Annual statistical returns and brief notes on vaccination in Bengal - 1909-1929
Year: 1909
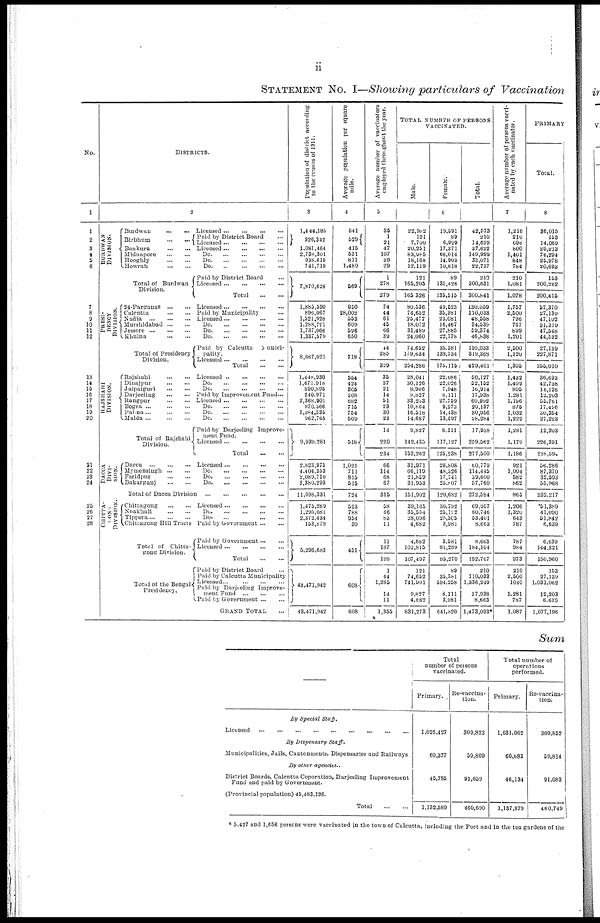
ii
STATEMENT No. I—Showing particulars of Vaccination
No.
1
1
2
3
4
5 6
7
8
9
10
11
12
13
14
15
16
17
18
19
20
21
22
23
24
25
26
27
28
DISTRICTS.
2
BURDWAN
DIVISION.
Burdwan
...
...
Licensed
...
...
...
...
Birbhum
...
...
Paid by District Board ...
Licensed
...
...
...
...
Bankura
...
...
Licensed
...
...
...
...
Midnapore
...
...
Do. ... ... ... ...
Hooghly
...
...
Do. ... ... ... ...
Howrah
...
...
Do. ... ... ... ...
Total of Burdwan
Division.
PRESI-
DENCY
DIVISION.
Paid by District Board ...
Licensed
...
...
...
...
Total
...
...
24-Parganas
...
...
Licensed
...
...
...
...
Calcutta
...
...
Paid by Municipality ...
Nadia
...
...
...
Licensed
...
...
...
...
Murshidabad
...
...
Do. ... ... ... ...
Jessore
...
...
...
Do. ... ... ... ...
Khulna
...
...
Do. ... ... ... ...
Total of Presidency
Division.
RAJSHAHI
DIVISION.
Paid by Calcutta Munici¬
pality. Licensed ... ... ... ...
Total
...
...
Rajshahi
...
...
Licensed
...
...
...
...
Dinajpur
...
...
Do. ... ... ... ...
Jalpaiguri
...
...
Do. ... ... ... ...
Darjeeling
...
...
Paid by Improvement Fund...
Rangpur
...
...
Licensed
...
...
...
...
Bogra
...
...
...
Do. ... ... ... ...
Pabna...
...
...
Do. ... ... ... ...
Malda
...
...
...
Do. ... ... ... ...
Total of Rajshahi
Division.
DACCA
DIVI¬
-----
Paid by Darjeeling Improve-
ment Fund.
Licensed
...
...
...
...
Total ... ...
Dacca
...
...
...
Licensed
...
...
...
...
Mymensingh
...
...
Do. ... ... ... ...
Faridpur
...
...
Do. ... ... ... ...
Bakarganj
...
...
Do. ... ... ... ...
Total of Dacca Division
...
...
...
...
...
CHITTA¬
GONG
DIVISION.
Chittagong
...
...
Licensed
...
...
...
...
Noakhali ... ... Do. ... ... ... ...
Tippera
...
...
...
Do.
...
...
...
...
Chittagong Hill Tracts Paid by Government
...
...
Total of Chitta¬
gong Division.
Total of the Bengal
Presidency,
Paid by Government ... ...
Licensed
...
...
...
...
Total
...
...
Paid by District Board ...
Paid by Calcutta Municipality
Licensed...
...
...
...
Paid by Darjeeling Improve¬
ment Fund
...
...
...
Paid by Government
...
...
GRAND TOTAL ...
Population of district according
to the census of 1911.
3
1,444,185
926,342
1,081,464
2,738,301
938,615
741,719
7,870,626
1,885,590
896,067
1,521,928
1,288,791
1,737,066
1,337,579
8,667,021
1,448,930
1,671,918
890,895
240,971
2,368,901
970,366
1,384,535
962,765
9,939,281
2,823,075
4,404,353
2,089,710
2,380,293
11,698,331
1,475,289
1,295,081
2,372,434
153,879
5,296,683
43,471,942
43,471,942
Average population per square
mile.
4
541
529
415
531
811
1,489
569
950
28,002
553
609
596
650
718
554
424
305
208
682
715
754
509
518
1,021
711
815
515
724
593
788
954
30
451
608
608
Average number of vaccinators
employed throughout the year.
5
35
1
21
47
107
39
29
1
278
279
74
44
61
45
66
39
44
285
329
35
37
21
14
51
23
30
23
14
220
234
66
114
68
67
315
58
46
83
11
11
187
198
1
44
1,285
14
11
1,355
TOTAL NUMBER OF PERSONS
VACCINATED.
Male.
Female.
Total.
6
22,982
121
7,700
20,251
83,985
18,168
12,119
121
165,205
165,326
80,536
74,652
25,477
18,072
31,489
24,060
74,652
179,634
254,286
28,041
30,126
8,066
9,827
33,253
10,864
16,518
14,687
9,827
142,435
152,262
31,071
66,119
21,859
31,953
151,902
39,165
35,554
28,096
4,682
4,682
102,815
107,497
121
74,652
741,991
9,827
4,582
831,273
19,591
89
6,929
17,371
66,014
14,903
10,618
89
135,426
135,515
49,523
35,381
23,081
16,467
27,885
22,778
35,381
139,734
175,115
22,086
22,026
7,048
8,111
27,759
9,273
14,438
13,597
8,111
117,127
125,238
28,808
48,326
17,741
25,807
120,682
30,792
25,122
25,305
3,081
3,981
81,289
85,270
89
35,381
594,258
8,111
3,981
641,320
42,673
210
14,629
37,622
140,999
33,071
22,737
210
300,631
300,841
130,059
110,033
48,558
34,539
59,374
46,838
110,033
319,368
429,401
50,127
52,152
16,914
17,938
60,992
20,137
30,956
28,284
17,938
269,562
277,500
60,779
114,445
39,600
57,760
272,584
69,957
60,746
53,401
8,663
8,663
184,104
192,767
210
110,033
1,336,249
17,938
8,663
1,473,093*
Average number of persons vacci¬
nated by each vaccinator.
7
1,216
210
696
800
1,401
848
784
210
1,081
1,078
1,757
2,500
796
767
899
1,201
2,500
1,120
1,305
1,432
1,409
805
1,281
1,196
875
1,032
1,229
1,281
1,179
1,186
921
1,004
582
862
865
1,206
1,320
643
787
787
984
973
210
2,500
1040
1,281
787
1,087
PRIMARY
Total.
8
36,015
153
14,069
29,213
74,294
25,978
20,693
153
200,262
200,415
57,370
27,139
47,102
31,319
47,548
44,532
27,139
227,871
255,010
36,693
42,738
16,126
12,203
55,761
17,496
30,354
27,223
12,203
226,391
238,694
56,286
87,370
32,593
55,968
232,217
*51,389
41,090
51,842
6,630
6,639
144,321
150,060
153
27,139
1,031,062
12,203
6,639
1,077,196
Sum
By Special Staff.
Licensed
...
...
...
...
...
...
...
...
...
By Dispensary
Staff.
Municipalities, Jails, Cantonments, Dispensaries and Railways
By other agencies.
District Boards, Calcutta Coporation, Darjeeling Improvement
Fund and paid by Government.
(Provincial population) 45,483,126.
Total
...
...
Total
number of persons
vaccinated.
Primary.
1,026,427
60,377
45,785
1,132,589
Re-vaccina-
tion.
309,822
59,809
91,059
460,690
Total number of
operations
performed.
Primary.
1,031,062
60,683
46,134
1,137,879
Re-vaccina-
tion.
300,852
59,814
91,083
460,749
* 5,427 and 1,656 persons were vaccinated in the town of Calcutta, including the Port and in the tea gardens of the